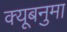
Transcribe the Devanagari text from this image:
क्यूबनुमा